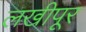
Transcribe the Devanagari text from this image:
लखीपूर